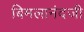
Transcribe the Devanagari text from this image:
बिमलानंदजी